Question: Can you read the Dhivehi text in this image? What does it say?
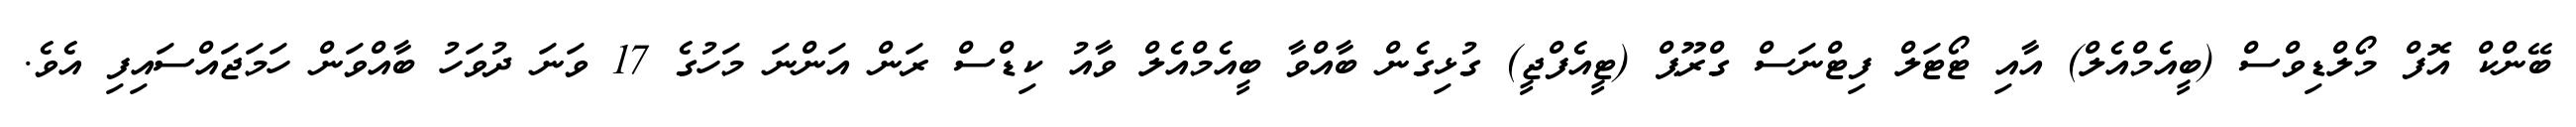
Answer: ބޭންކް އޮފް މޯލްޑިވްސް (ބީއެމްއެލް) އާއި ޓޯޓަލް ފިޓްނަސް ގްރޫޕް (ޓީއެފްޖީ) ގުޅިގެން ބާއްވާ ބީއެމްއެލް ވާއު ކިޑްސް ރަން އަންނަ މަހުގެ 17 ވަނަ ދުވަހު ބާއްވަން ހަމަޖައްސައިފި އެވެ.